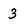
Character: 3